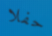
حفلا